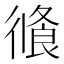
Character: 𢕦